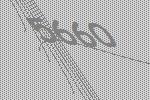
5660